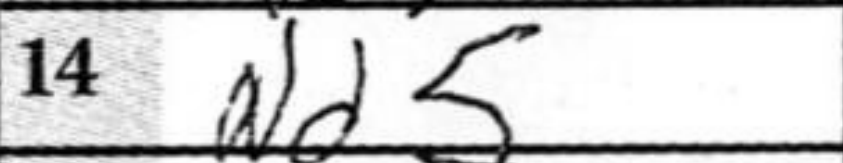
Transcription: Nd5